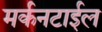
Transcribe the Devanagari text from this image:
मर्कनटाईल